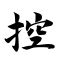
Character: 控